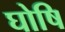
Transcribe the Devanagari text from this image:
घोषि